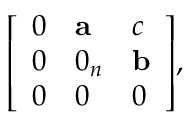
{ \left[ \begin{array} { l l l } { 0 } & { \mathbf { a } } & { c } \\ { 0 } & { 0 _ { n } } & { \mathbf { b } } \\ { 0 } & { 0 } & { 0 } \end{array} \right] } ,